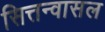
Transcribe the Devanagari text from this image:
सित्तन्वासल